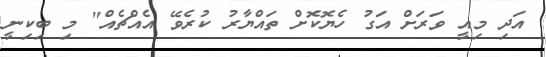
އަދި މިއީ ވަރަށް އަގު ހެޔޮކޮށް ތައްޔާރު ކުރެވޭ އެއްޗެއް" މި ބިކިނީ